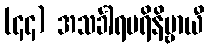
(၄၄) အသင်္ခါရပရိနိဗ္ဗာယီ